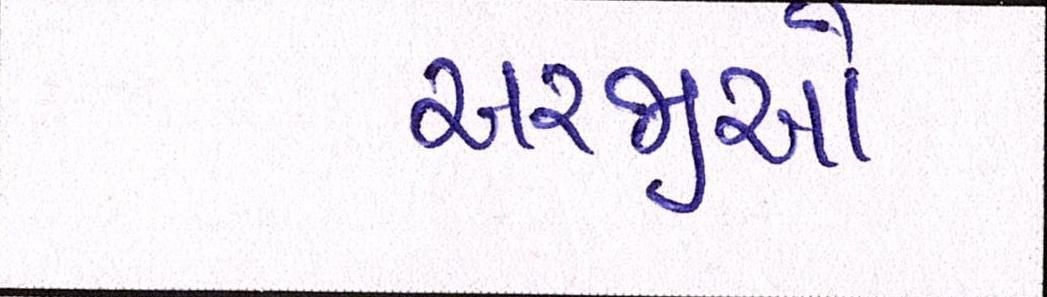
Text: અરજીઓ